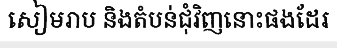
សៀមរាប និងតំបន់ជុំវិញនោះផងដែរ